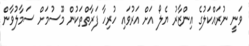
ވަނީ ނުރައްކަލުގެ އިންޒާރު ޔެލޯ އަށް އަރުވައި ހުރިހާ ފަރާތްތަކުން މޫސުމަށް ސަމާލުވާން